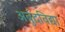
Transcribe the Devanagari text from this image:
अर्बुदविद्या